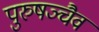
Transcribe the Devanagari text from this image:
पुरुषञ्चैव